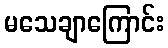
မသေချာကြောင်း